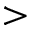
>